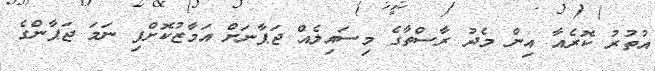
އުތުރު ކޮރެއާ އިން މެދު ރާސްތާގެ މިސައިލެއް ޖަޕާނަށް އަމާޒުކޮށްފި ނަމަ ޖަޕާންގެ